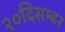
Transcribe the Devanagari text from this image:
२०दिसम्बर